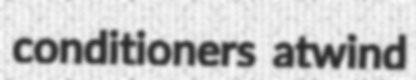
conditioners atwind